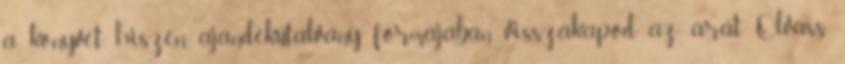
a könyvet, hiszen ajándékutalvány formájában visszakapod az árát Olvass